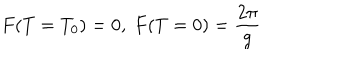
F ( T = T _ { 0 } ) = 0 , \ F ( T = 0 ) = \frac { 2 \pi } { g }